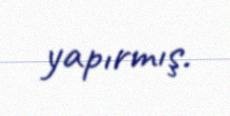
yapırmış.